Ministerio: exteriores — Archivo: AGMAE-R39017
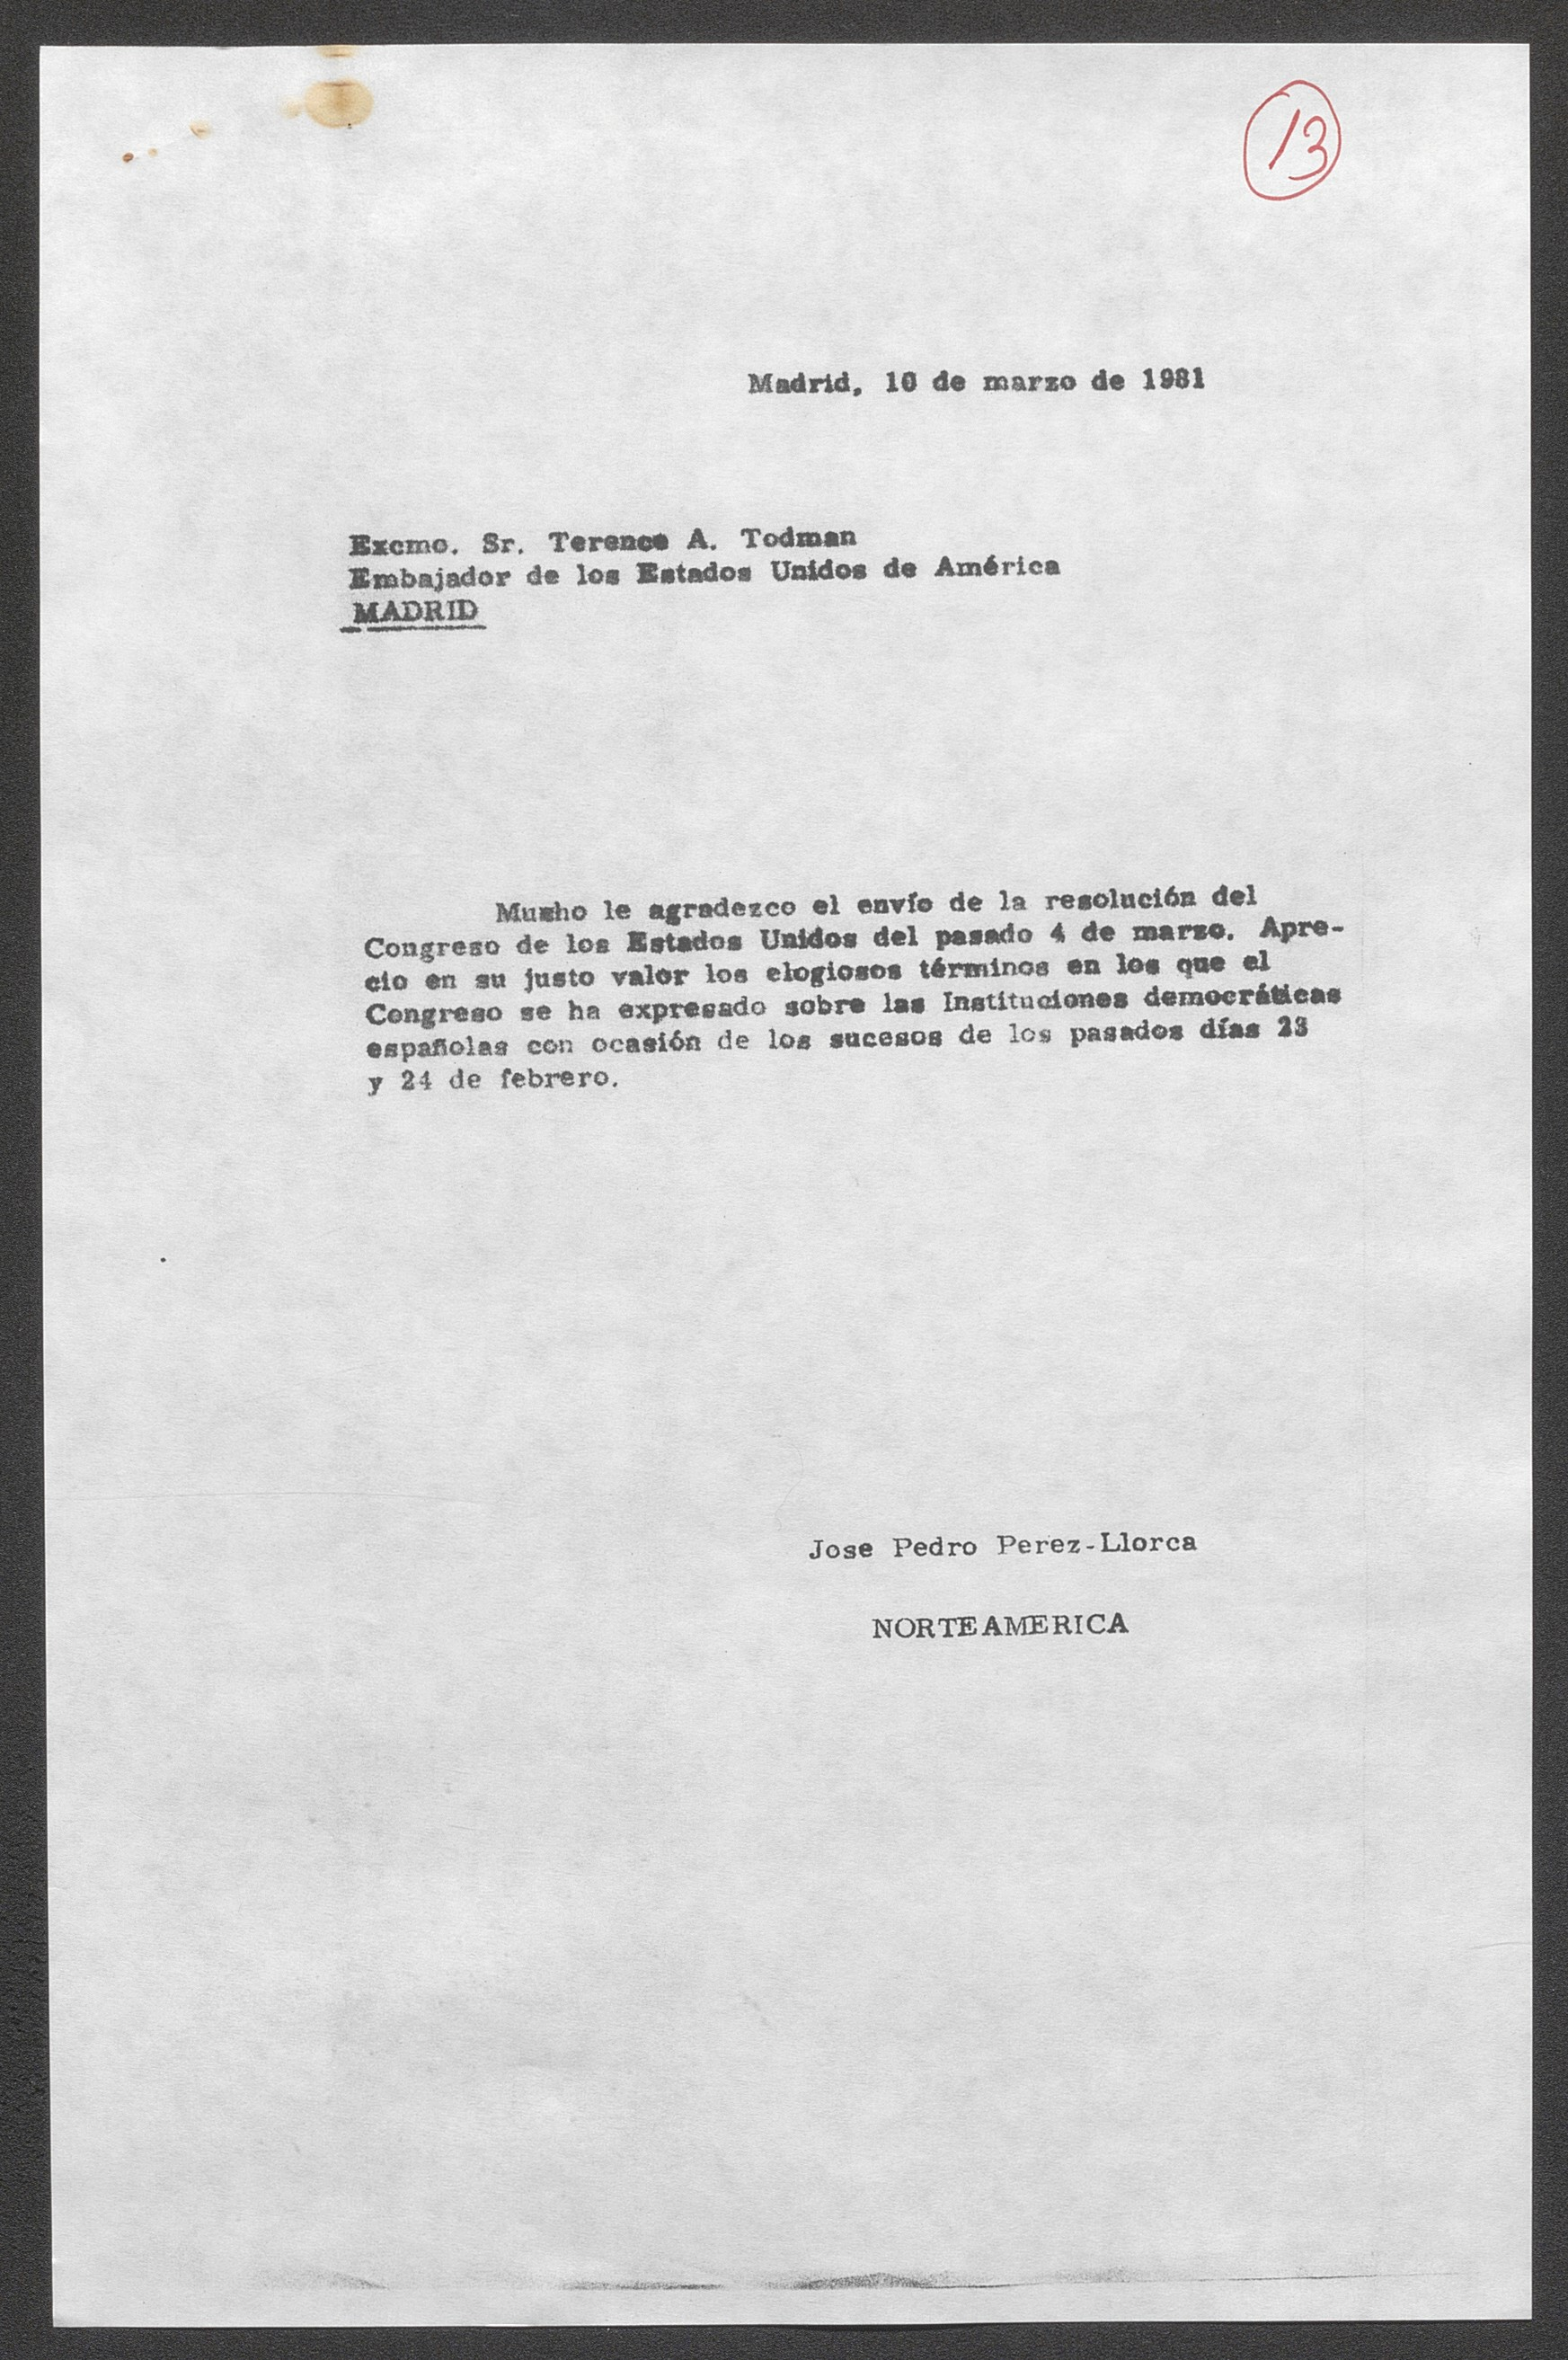
Madrid, 10 de marzo de 1981

Excmo. Sr. Terence A. Todman
Embajador de los Estados Unidos de América
MADRID

Jose Pedro Perez-Llorca
NORTEAMERICA